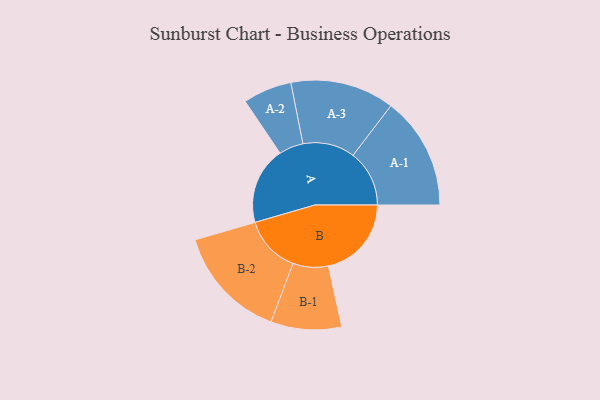
{"axis": {"x": "Segment", "y": "Value"}, "legend": ["", "A", "B"], "data": [{"x": "A", "y": 361, "type": ""}, {"x": "B", "y": 388, "type": ""}, {"x": "A-1", "y": 263, "type": "A"}, {"x": "A-2", "y": 114, "type": "A"}, {"x": "A-3", "y": 243, "type": "A"}, {"x": "B-1", "y": 165, "type": "B"}, {"x": "B-2", "y": 266, "type": "B"}]}